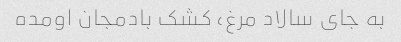
به جای سالاد مرغ، کشک بادمجان اومده